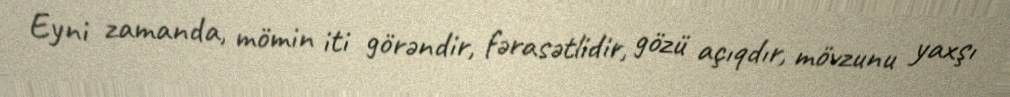
Eyni zamanda, mömin iti görəndir, fərasətlidir, gözü açıqdır, mövzunu yaxşı